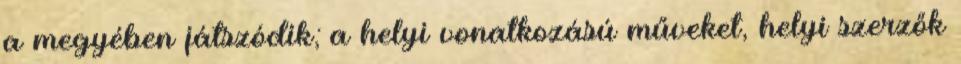
a megyében játszódik; a helyi vonatkozású műveket, helyi szerzők